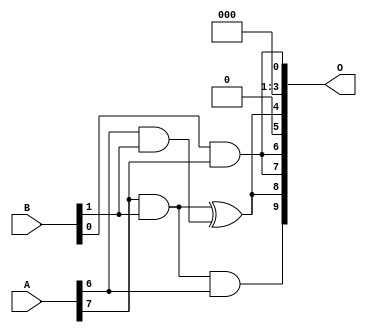
// This program was cloned from: https://github.com/ehw-fit/evoapproxlib
// License: MIT License

/***
* This code is a part of EvoApproxLib library (ehw.fit.vutbr.cz/approxlib) distributed under The MIT License.
* When used, please cite the following article(s): V. Mrazek, L. Sekanina, Z. Vasicek "Libraries of Approximate Circuits: Automated Design and Application in CNN Accelerators" IEEE Journal on Emerging and Selected Topics in Circuits and Systems, Vol 10, No 4, 2020 
* This file contains a circuit from a sub-set of pareto optimal circuits with respect to the pwr and mse parameters
***/
// MAE% = 4.25 %
// MAE = 44 
// WCE% = 18.46 %
// WCE = 189 
// WCRE% = 112.50 %
// EP% = 74.32 %
// MRE% = 45.58 %
// MSE = 3672 
// PDK45_PWR = 0.002 mW
// PDK45_AREA = 12.7 um2
// PDK45_DELAY = 0.09 ns

module mul8x2u_0AJ (
    A,
    B,
    O
);

input [7:0] A;
input [1:0] B;
output [9:0] O;

wire sig_24,sig_25,sig_38,sig_50,sig_53;

assign sig_24 = A[6] & B[1];
assign sig_25 = A[7] & B[1];
assign sig_38 = sig_25 & A[6];
assign sig_50 = B[0] & A[7];
assign sig_53 = sig_25 ^ sig_24;

assign O[9] = sig_38;
assign O[8] = sig_53;
assign O[7] = sig_50;
assign O[6] = sig_50;
assign O[5] = 1'b0;
assign O[4] = sig_53;
assign O[3] = 1'b0;
assign O[2] = 1'b0;
assign O[1] = 1'b0;
assign O[0] = sig_50;

endmodule